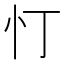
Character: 忊